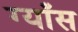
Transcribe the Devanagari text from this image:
ग्याँस